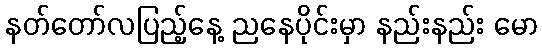
နတ်တော်လပြည့်နေ့ ညနေပိုင်းမှာ နည်းနည်း မော